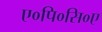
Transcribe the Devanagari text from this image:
ए०पि०सि०ए